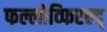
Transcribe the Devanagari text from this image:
फल्लोव्फिएल्द्